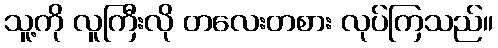
သူ့ကို လူကြီးလို တလေးတစား လုပ်ကြသည်။